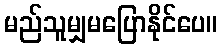
မည်သူမျှမပြောနိုင်ပေ။